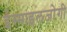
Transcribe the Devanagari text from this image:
ईस्माइलजोगी